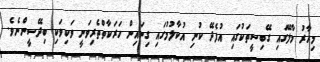
މިހާރު މާލޭގައި ގޭބިސީތަކުގައި އުފެދޭ ކުނި އުކާލުމުގައި ގިނައިން ހަރަކާތްތެރިވަނީ ވަކިވަކި ބިދޭސީންނެވެ.